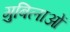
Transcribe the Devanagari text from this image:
गुबिलाओं